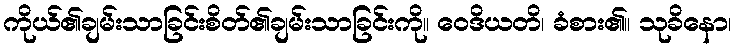
ကိုယ်၏ချမ်းသာခြင်းစိတ်၏ချမ်းသာခြင်းကို။ ဝေဒိယတိ၊ ခံစား၏။ သုခိနော၊